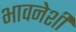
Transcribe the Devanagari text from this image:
भावनेशी